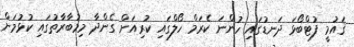
ޤައުމީ ފުޓްބޯޅަ ދަނޑުގައި ހުންނަ ކެރަމް ހޯލްގައި ކުރިއަށް ގެންދާ މިމުބާރާތުގައި ކުޅުމަށް